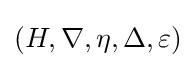
(H,\nabla ,\eta ,\Delta ,\varepsilon )